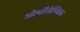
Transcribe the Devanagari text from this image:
ओर्थोरोम्बिक